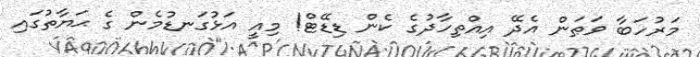
މަރުހަބާ ވަޠަން އެދޭ އިއްތިހާދުގެ ކެން ޑިޑޭޓް! މިއީ އަޅުގަނޑުމެން ގެ ޙަޔާތުގައި